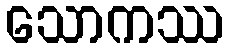
သောကဿ